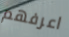
اعرفهم